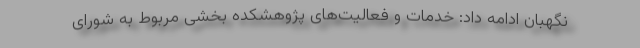
نگهبان ادامه داد: خدمات و فعالیت‌های پژوهشکده بخشی مربوط به شورای